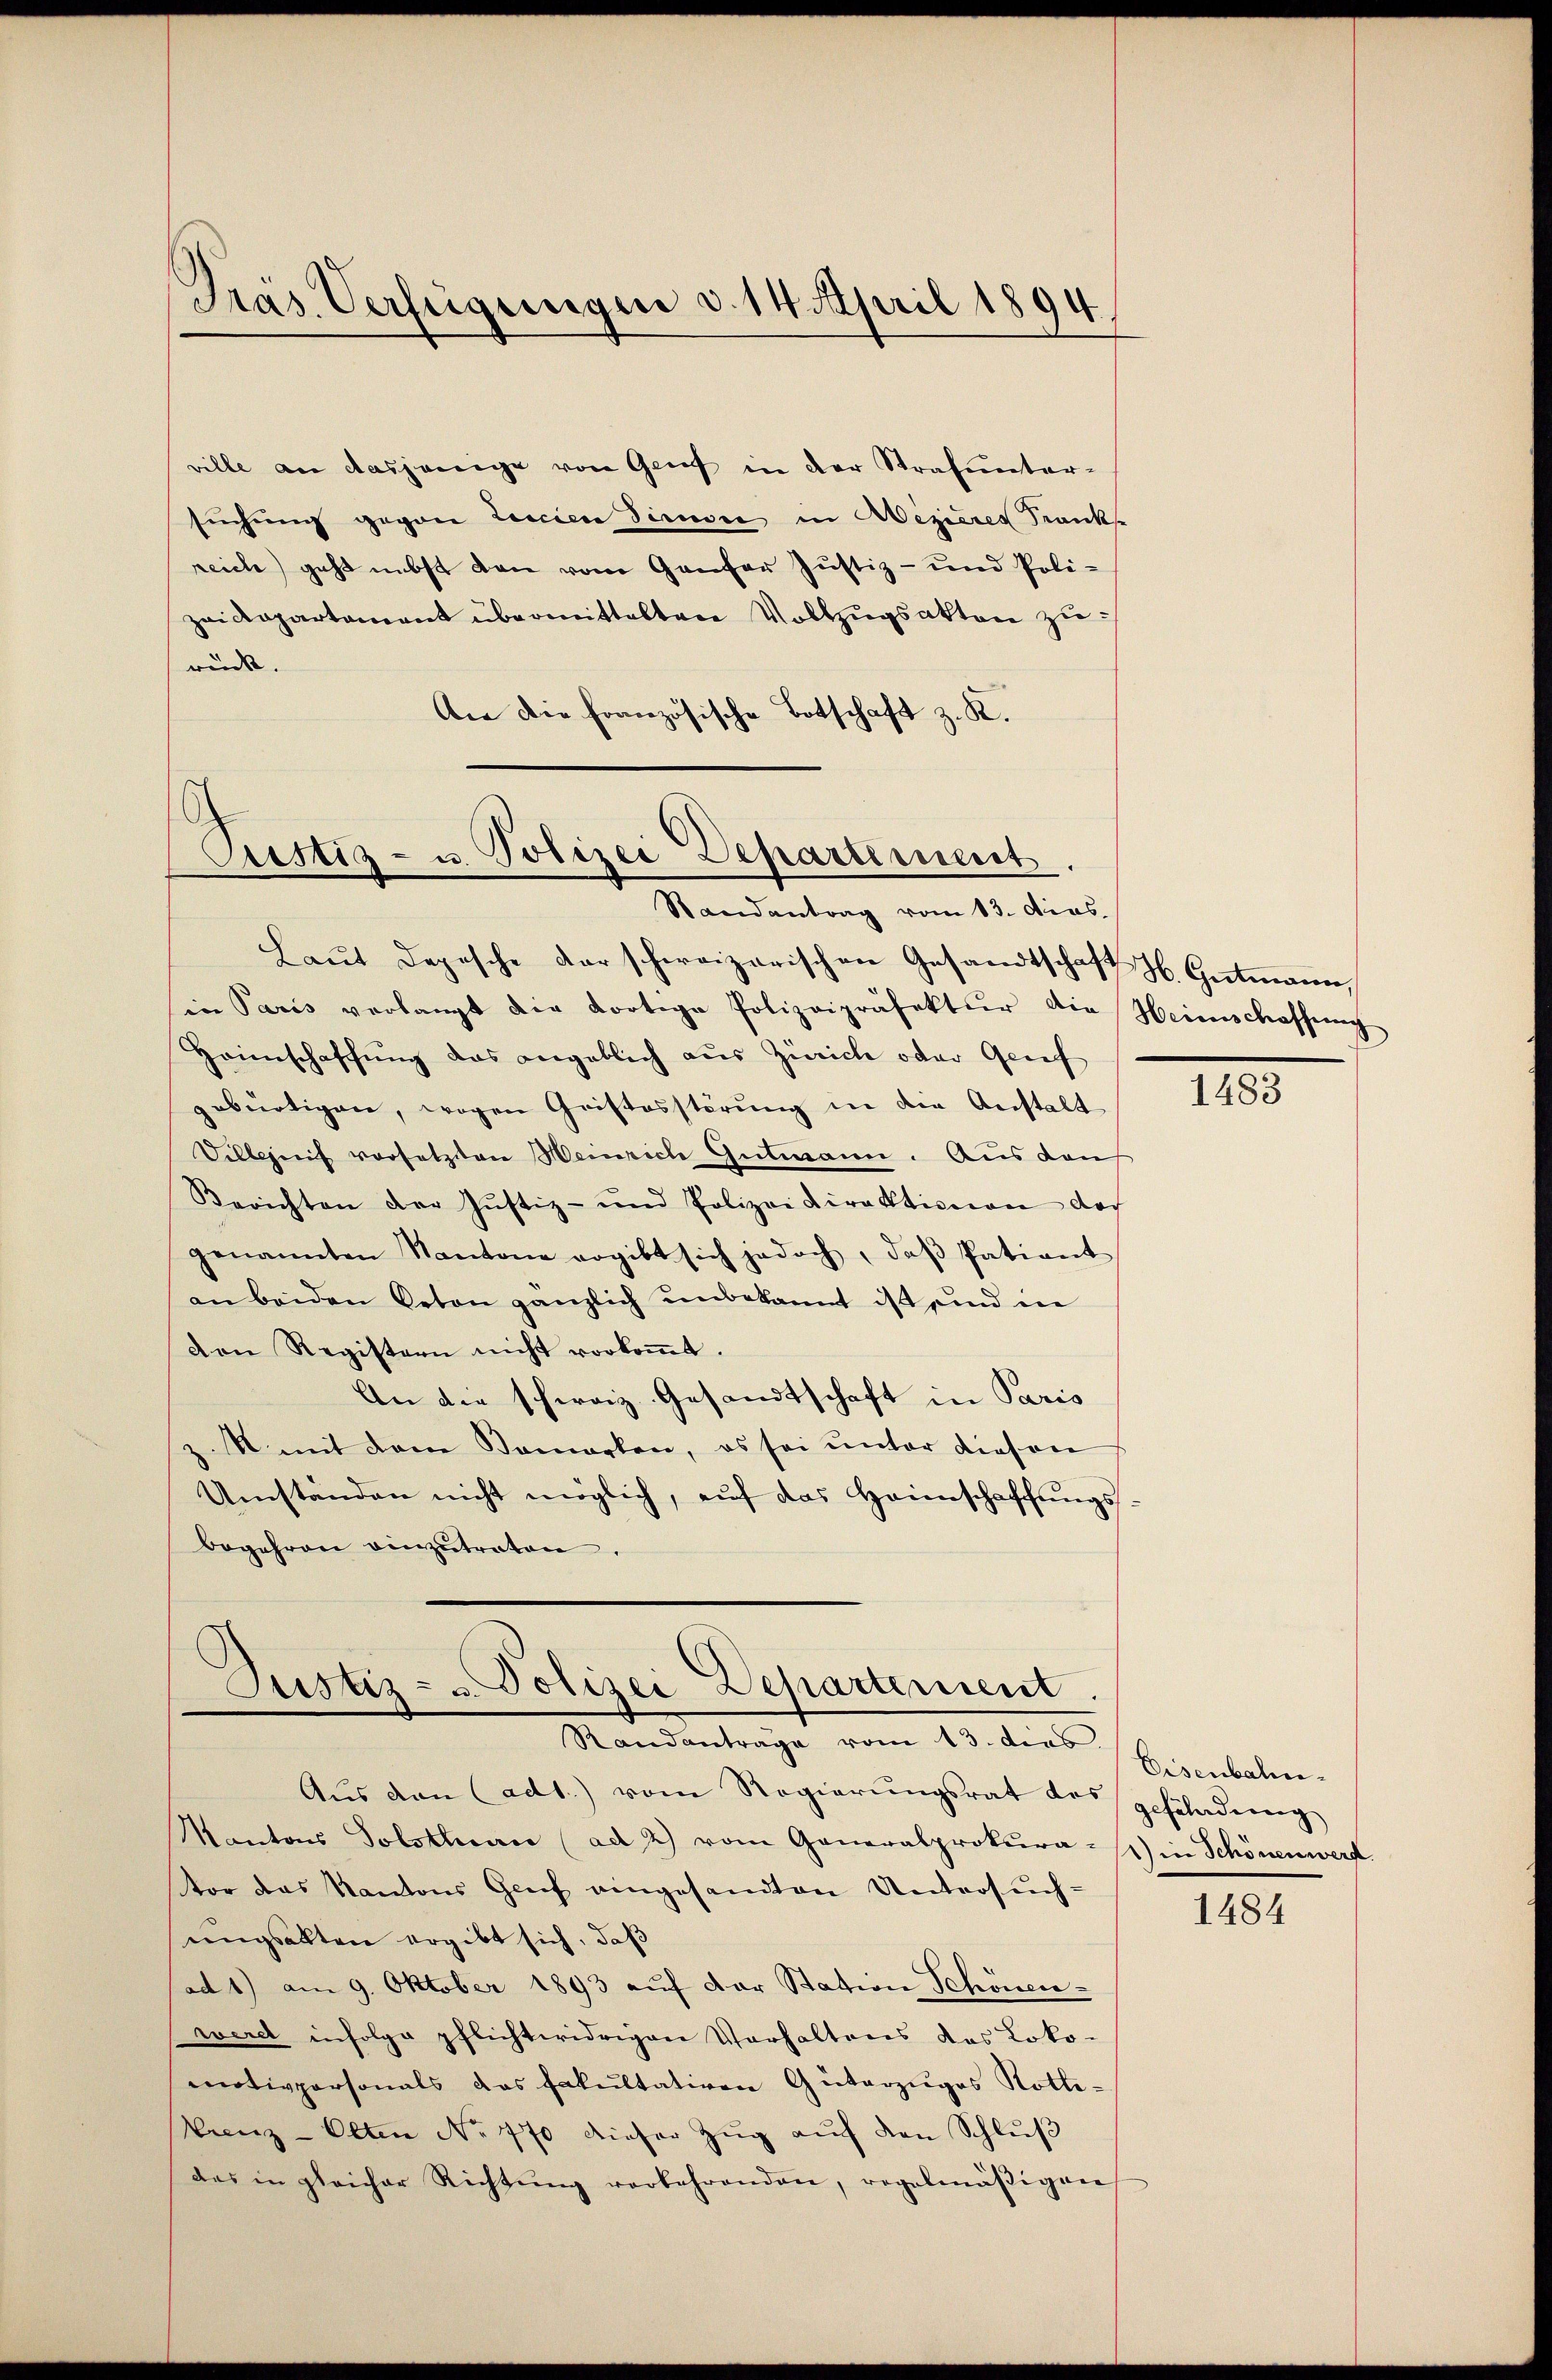
Präs. Verfügungen d. 14. April 1894

ville an dasjenige von Genf in der Strafunter-
suchung gegen Leicien Sinne in Aizieres Krankse
reich geht nebst den vom Genfer Justiz- und Polizeidepartament übermitteltene Vollzŭgsakten zu
rück.
An die französische Botschaft z. K.

Laŭt Depesche darschweizerischen Gesandtschaft H. Gutmann,
in Paris verlangt die dortige Polizeipräfektur die
Heimschaffŭng das angeblich aus Zürich oder Geif
zebürtigen, wogen Cristosstörŭng in die Anstalt
Vilbegreif vorsetzten Heinrich Gutmann. Aus den
Berichten der Justiz- und Polizeidirektionen doch
genannten Kantone ergibt sich jedoch, daβ Patiant
an beiden Peten gänzlich unbekannt ist und in
Den Registern nicht vorkoṁt.
An die schweiz. Gesandtschaft in Paris
M mit dem Samarken, es sei ŭnter diesen
Umständen nicht möglich, auf das Heimschaffungssbegehren einzŭtreten.

Pustiz- u. Polizei Departement.
Randantrag vom 13. Dies

Justiz- u Polizei Dehartement.
Randentrage vom 20. dies berintelen.

Aŭs den (adt) vom Regierŭngsrat des gefährdung
Kantons Tolsthane (ad 2) vom Generalprokura-) in Schönenwerf
tor das Kantons Genf eingesandten Untersŭch-
ungsalten ergibt sich, daß
ad 1) am 9. Oktober 1893 auf der Station Schönen-
werd infolge pflichtwidrigen Verhaltens das Loko-
motivpersonals das Fakultativen Güterzuges Rotti-
Vrenz-Olten No. 470 dieser Zŭg aŭf den Schlŭβ
des in gleicher Richtŭng vorbehrenden, regelmäβigen

Heimschaffung

1483

1484